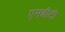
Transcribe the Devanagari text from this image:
एमबीटी